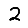
Digit: 2